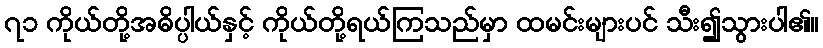
၇၁ ကိုယ်တို့အဓိပ္ပါယ်နှင့် ကိုယ်တို့ရယ်ကြသည်မှာ ထမင်းများပင် သီး၍သွားပါ၏။